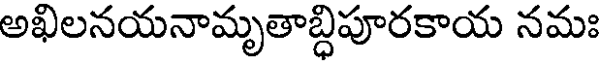
అఖిలనయనామృతాబ్ధిపూరకాయ నమః